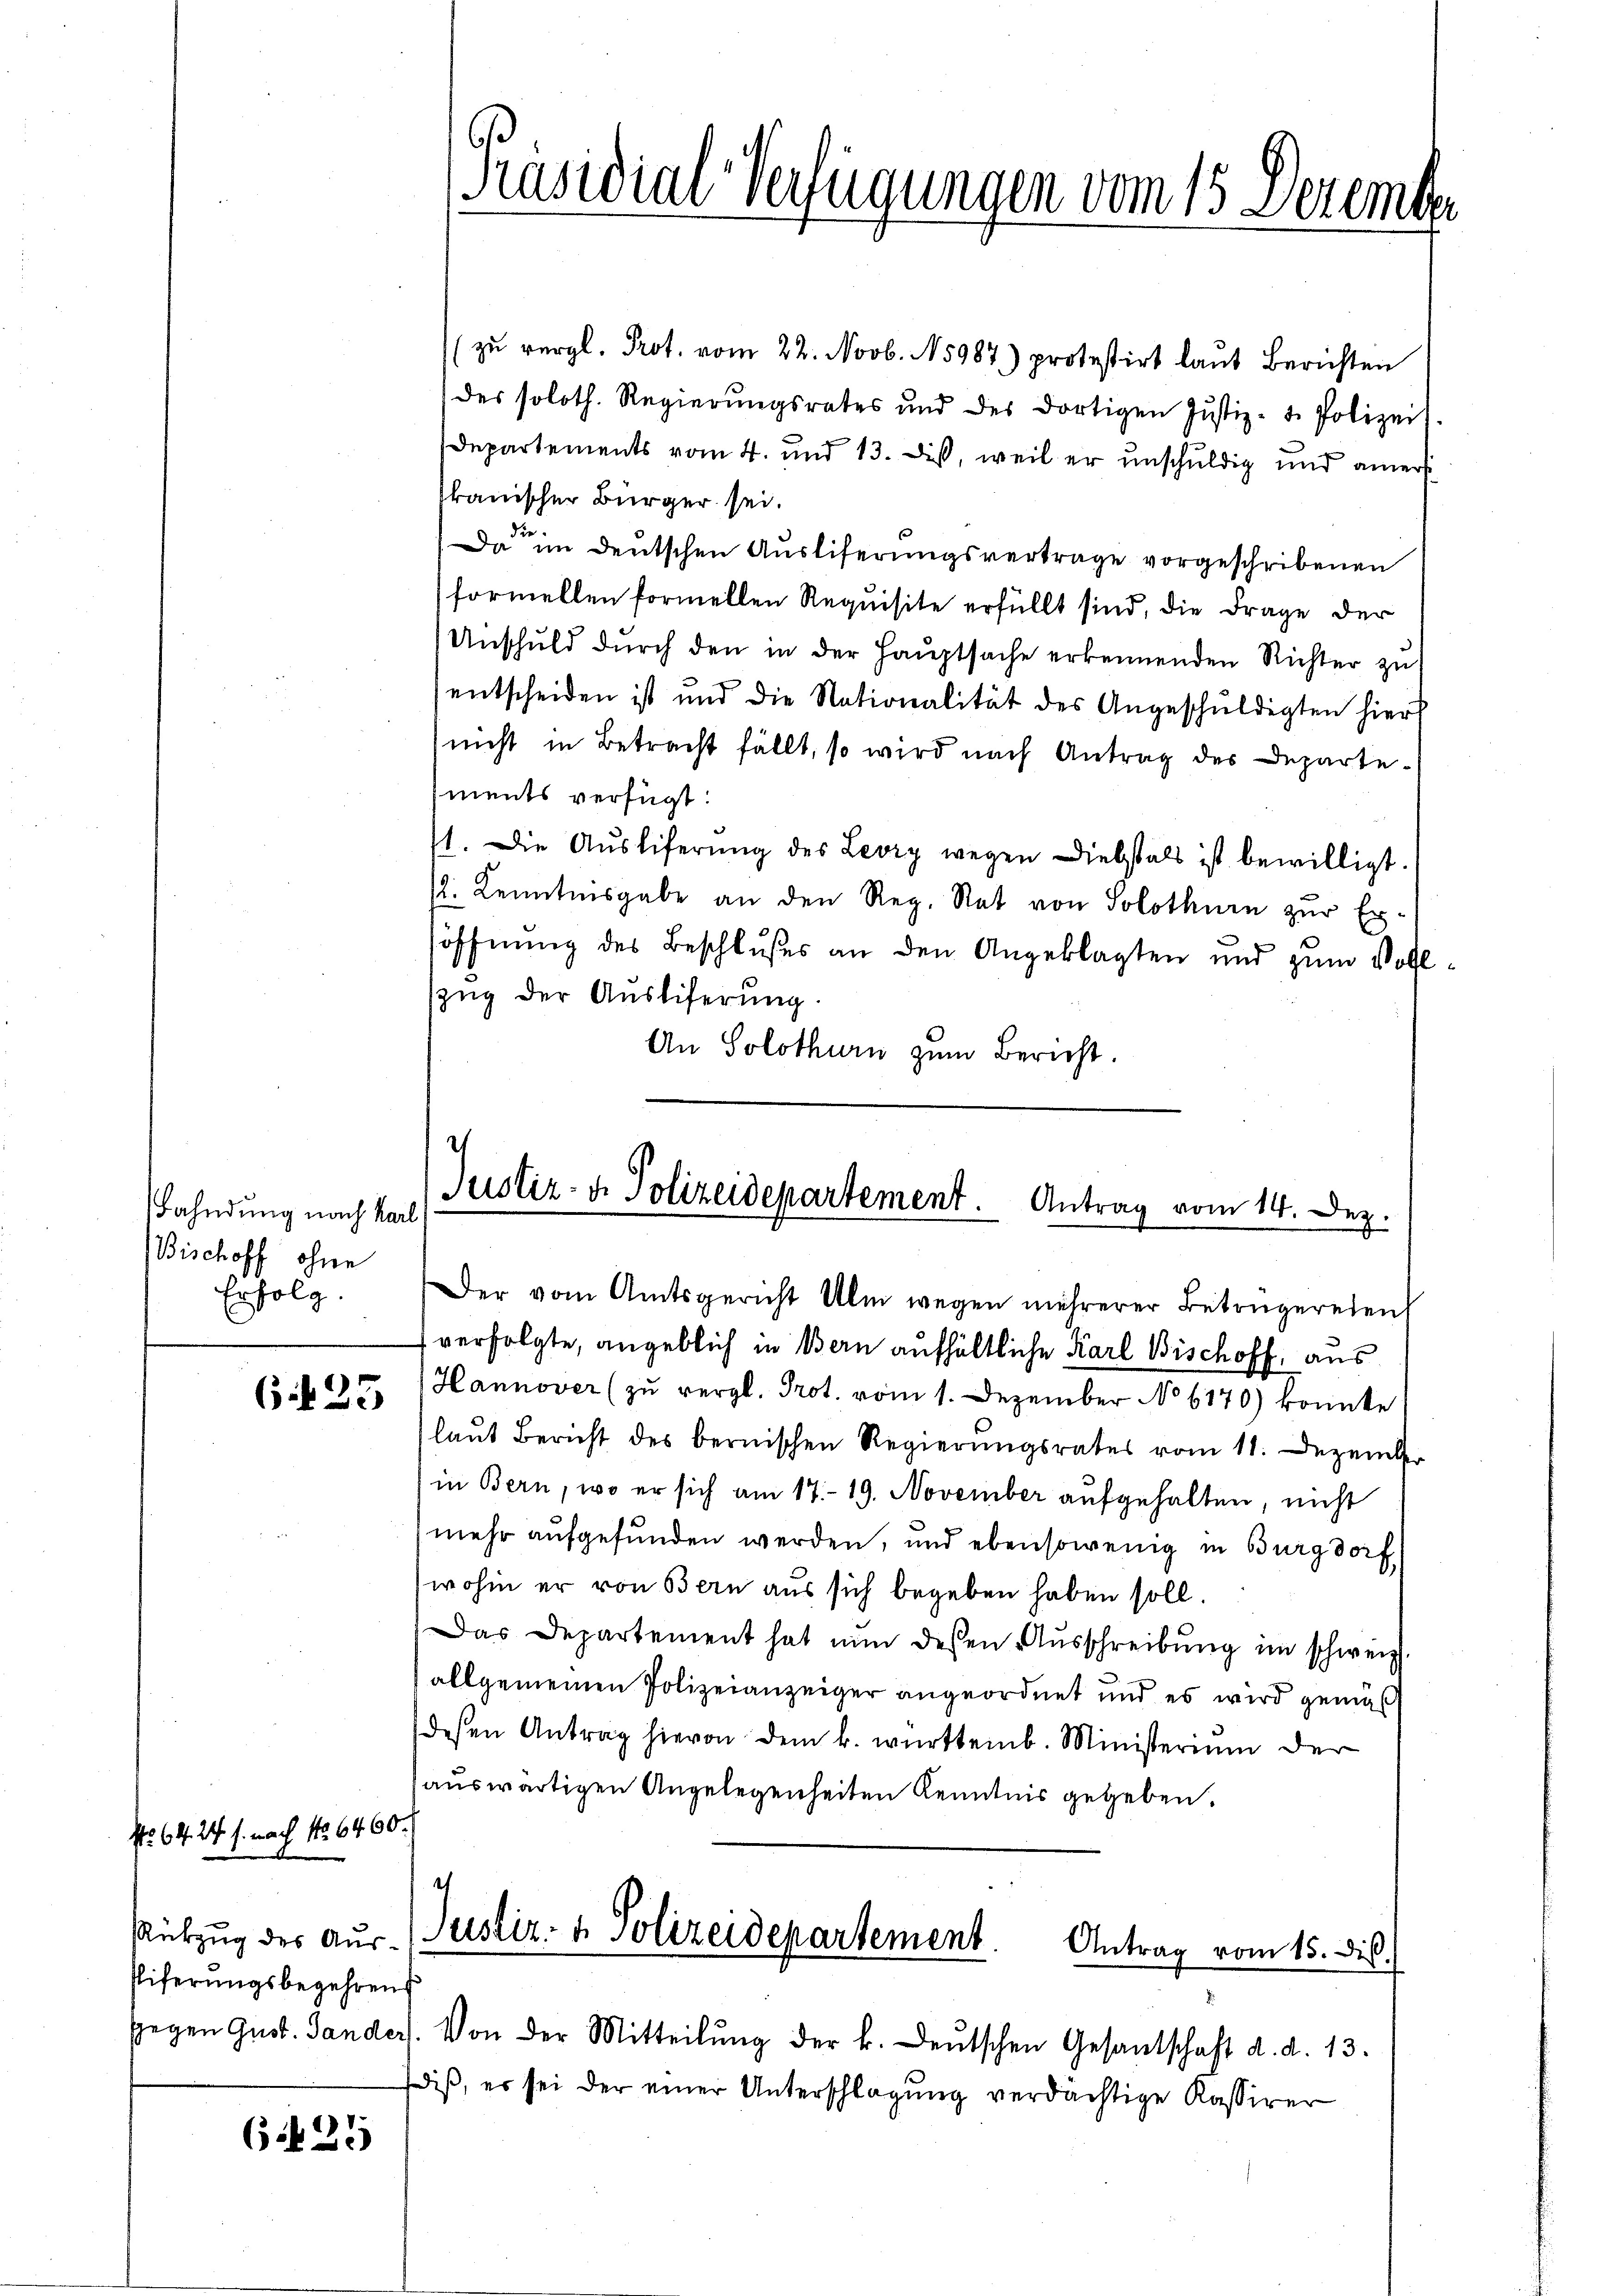
Fahndung nach Karl
Bischoff ohne
Erfolg.

623

Tiferungsbegehrens

No 64. 24 s. nach No 6400.

627

1

[Präsidial-Verfügungen vom 15. Dezemb

zŭ vergl. Prot. vom 22. Novb. N 5987) protestirt laut Berichten
des soloth. Regierŭngsrates und des dortigen Jŭstiz- u. Polizei.
Departements vom 4. und 13. Diß, weil er unschuldig und aners
kanischer Bürger sei.
Da in deutschen Ausliferungsvertrage vorgeschribenen
formellen formellen Requisite erfüllt sind, die Frage der
Unschuld durch den in der Hauptsache erkennenden Richter zu
entscheiden ist und die Nationalität des Angeschŭldigten hier
(nicht in Betracht fällt, so wird nach Antrag des Departements verfügt:
1. Die Aŭsliferŭng des Levry wegen Diebstals ist bewilligt.
12. Kenntnisgabe an den Reg. Rat von Solothurn zŭr Er-
söffnung des Beschlußes an den Angeklagten und zum Vollszug der Ausliferung.
An Solothurn zum Bericht.

Justiz- & Polizeidepartement. Antrag vom 14. Dez.

Der vom Amtsgericht Ulm wegen mehrerer Betrugereien

verfolgte, angeblich in Bern aufhältliche Karl Bischoff, aus
Hannover (zŭ vergl. Prot. vom 1. Dezember No 6170) konnte
laut Bericht des bernischen Regierungsrates vom 11. Dezember
in Bern, wo er sich am 17. 19. November aufgehalten, nicht
mehr aufgefunden werden, und ebensowenig in Burgdorf
wohin er von Bern aus sich begeben haben soll.
Das Departement hat nun dessen Ausschreibung im schweiz
allgemeinen Polizeianzeiger angeordnet und es wird gemäß
desen Antrag hievon dem k. württemb. Ministerium der
auswärtigen Angelegenheiten Kenntnis gegeben.
Rübzug des aus (Justiz- & Polizeidepartement.
Antrag vom 15. Dil.
sgegen Gust. Gander. Von der Mitteilŭng der k. Deutschen Gesantschaft d. d. 13.
diß, es sei der einer Unterschlagung verdächtige Kassiver